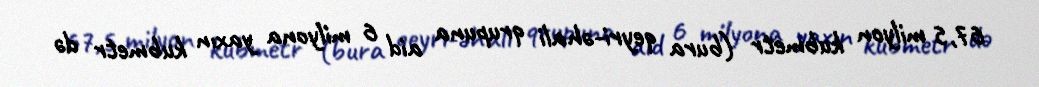
67,5 milyon kubmetr (bura qeyri-əhali qrupuna aid 6 milyona yaxın kubmetr də